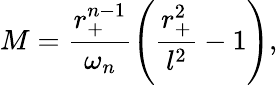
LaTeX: M=\frac{r_{+}^{n-1}}{\omega_{n}}\left(\frac{r_{+}^{2}}{l^{2}}-1\right),